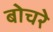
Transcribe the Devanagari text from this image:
बोचरे